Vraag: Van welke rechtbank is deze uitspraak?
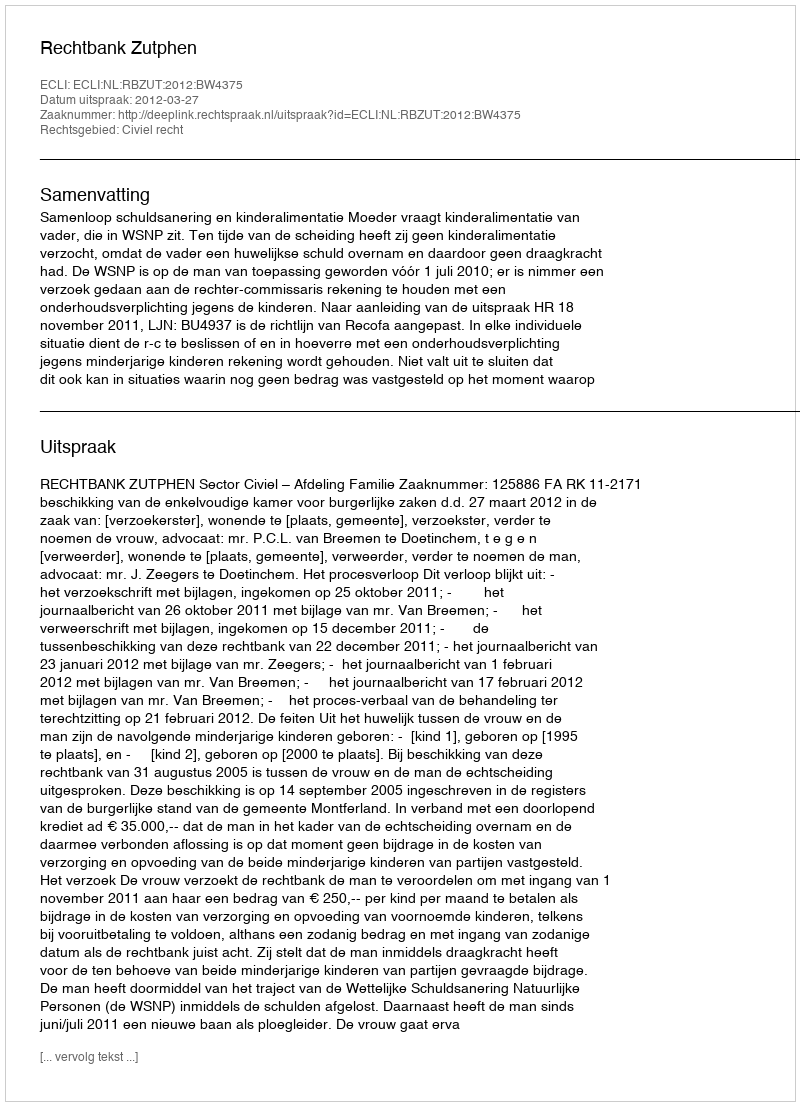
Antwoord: Rechtbank Zutphen